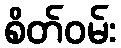
စိတ်ဝမ်း